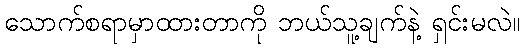
သောက်စရာမှာထားတာကို ဘယ်သူ့ချက်နဲ့ ရှင်းမလဲ။